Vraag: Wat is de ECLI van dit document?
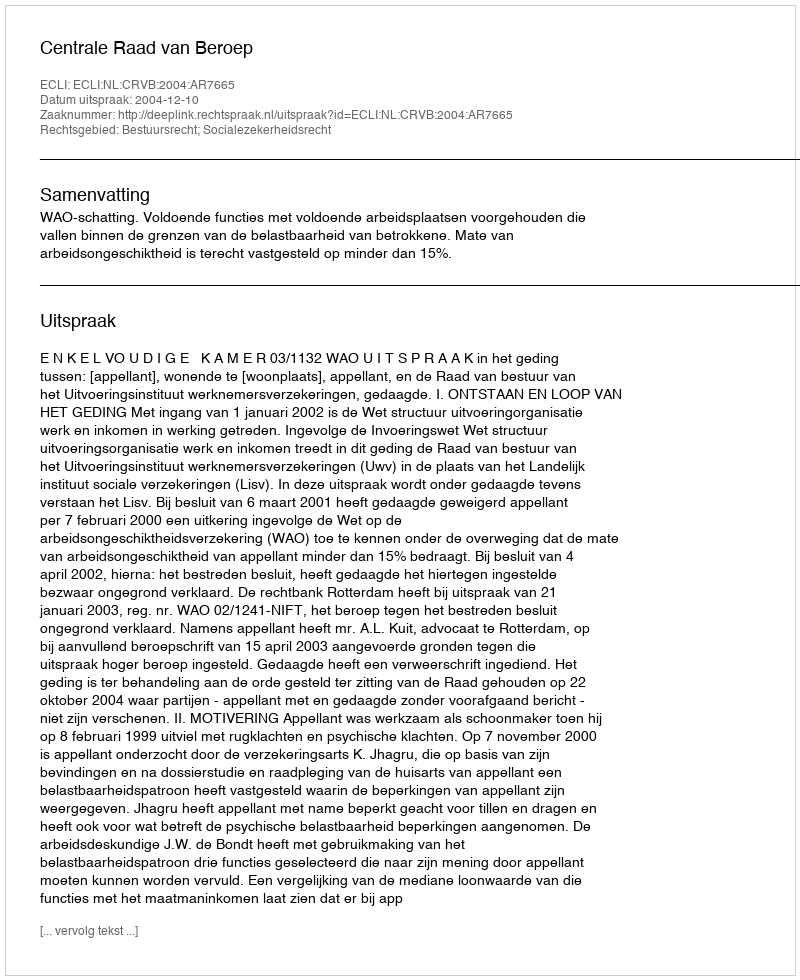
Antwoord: ECLI:NL:CRVB:2004:AR7665